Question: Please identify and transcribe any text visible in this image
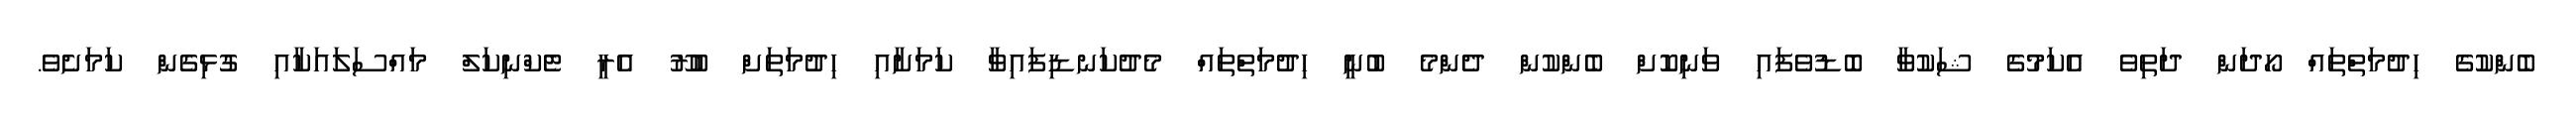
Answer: ބެންކުގެ ހިދުމަތްތައް ހޯދަން ދަތިވެ އެކަމުގެ ޝަކުވާ ބޮޑުވެފައި ވަނިކޮށް ބެންކުން ދެންމެ ބުނީ ހިދުމަތްތައް މެދުކަނޑިފައިވާ ކަމަށާއި ހިދުމަތަށް ބުރޫ އެރީ ޓެކްނިކަލް މައްސަލައަކާއި ގުޅިގެން ކަމަށެވެ.